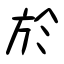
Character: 於